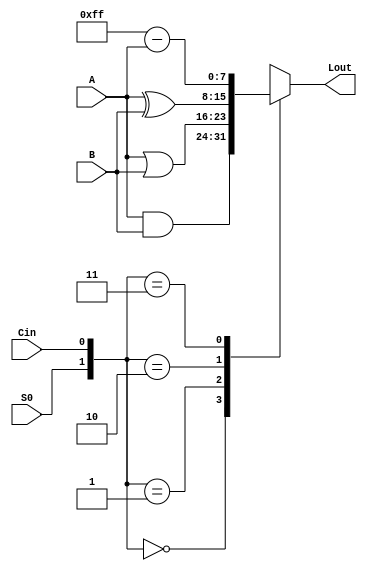
module logicunit(A,B,S0,Cin,Lout);
	input [7:0] A;
	input [7:0] B;
	input S0,Cin;
	output [7:0] Lout;
	
	reg [7:0] Lout;
	
	always@(*) begin
		case({S0,Cin})
			2'b00: Lout<=A&B;
			2'b01: Lout<=A|B;
			2'b10: Lout<=A^B;
			2'b11: Lout<=8'b11111111-A;
		endcase
	end
endmodule